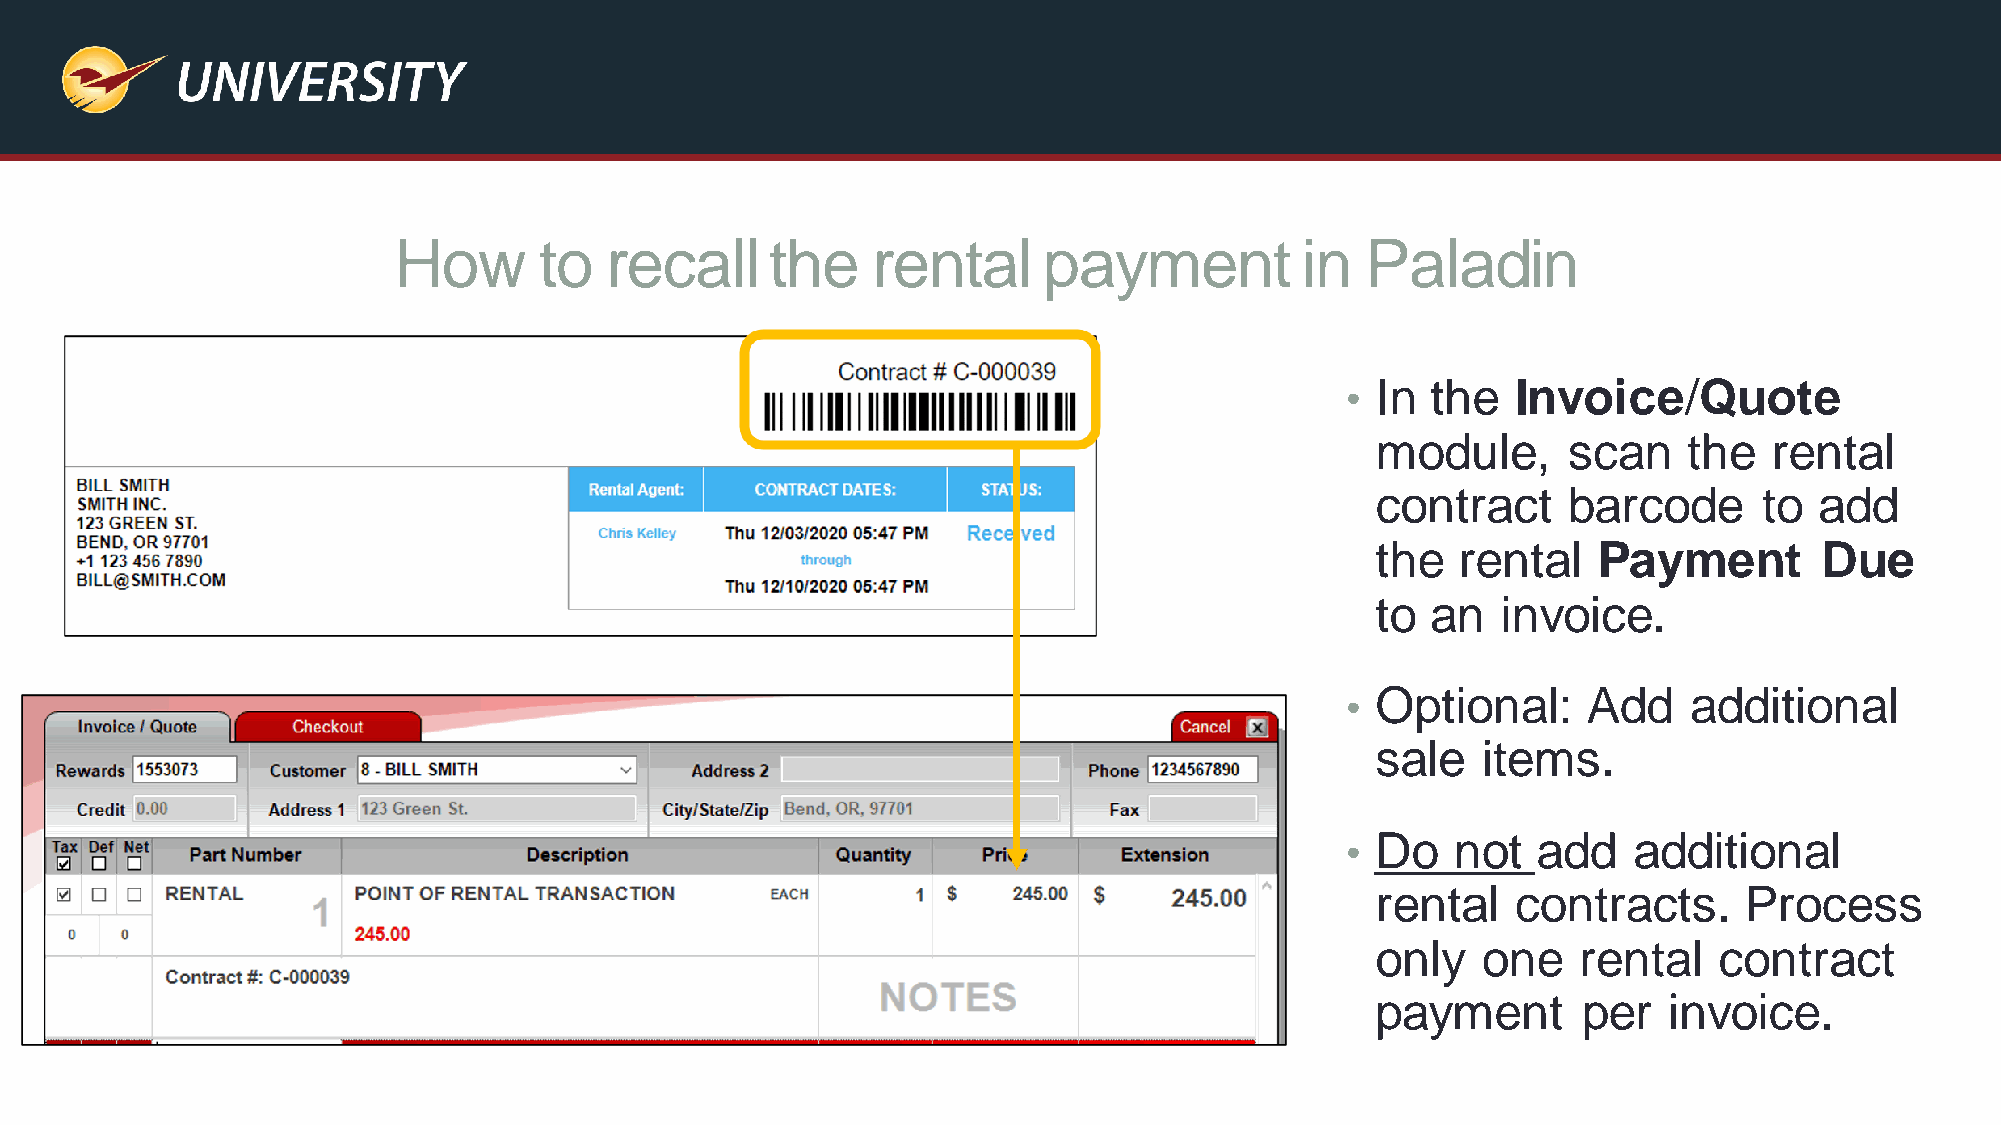
How       to  recall     the    rental     payment          in  Paladin
 • In  the  Invoice/Quote
 module,      scan    the  rental
 contract     barcode      to add
 the  rental    Payment        Due
 to  an  invoice.
 • Optional:     Add    additional
 sale   items.
 • Do   not   add   additional
 rental   contracts.     Process
 only   one   rental    contract
 payment       per  invoice.